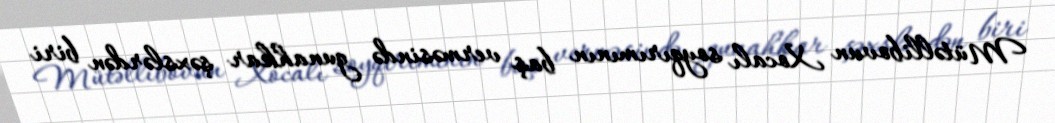
Mütəllibovun Xocalı soyqırımının baş verməsində gunahkar şəxslərdən biri